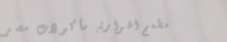
مطعم الهوارة: مأكولات مصر